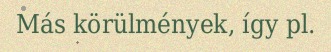
Más körülmények, így pl.